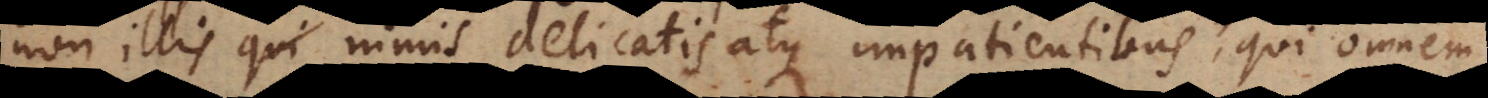
non illis nimis delicatis atque impatientibus, qui omnem